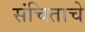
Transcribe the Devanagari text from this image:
संचिताचे